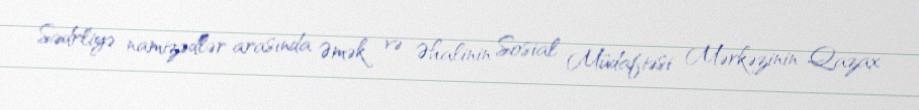
Sədrliyə namizədlər arasında Əmək və Əhalinin Sosial Müdafiəsi Mərkəzinin Qazax